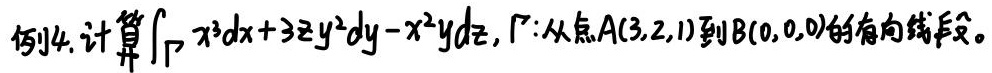
例4. 计算$\int_{\Gamma} x^{3}dx + 3zy^{2}dy - x^{2}ydz$, $\Gamma$: 从点$A(3,2,1)$到$B(0,0,0)$的有向线段。